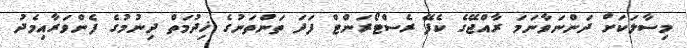
މިސާލަކަށް ދަންނަވާނަމަ ރާއްޖޭގެ ކެފޭ ރެސްޓޯރަންޓް ފަދަ ތަންތަނުގެ ޚިދުމަތް ދިނުމުގެ ފެންވަރާއިމެދު